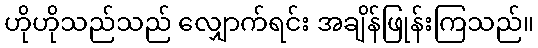
ဟိုဟိုသည်သည် လျှောက်ရင်း အချိန်ဖြုန်းကြသည်။